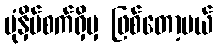
ပုံနှိပ်စက်ရှိမှ ဖြစ်တော့မယ်